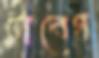
টাবেগ